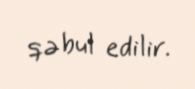
qəbul edilir.